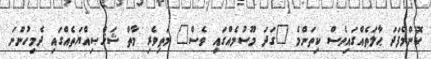
ކޮންމެފަދަ ޙާލަތެއްގައިވެސް ކިތަންމެ "ގަދަ މޫސުމެއްގައި ވެސް" މަތިވެރި މާތް ޝަޚްޞިއްޔަތެއްގައި ދެމިހުންނަ